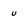
Character: u